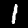
Label: 1